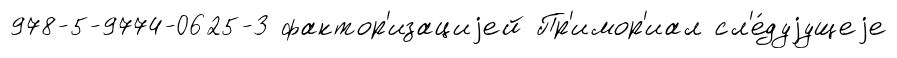
978-5-9774-0625-3 фактор'изациjей Пр'имор'иал сл'е́дуjущеjе